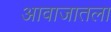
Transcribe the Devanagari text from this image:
आवाजातला